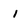
Character: 1